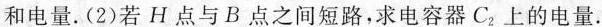
和电量。(2)若H点与B点之间短路，求电容器C_{2}上的电量。